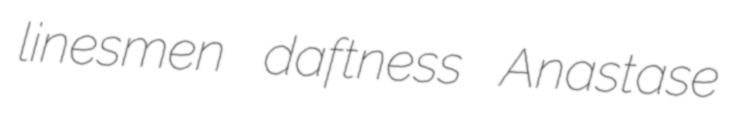
linesmen daftness Anastase